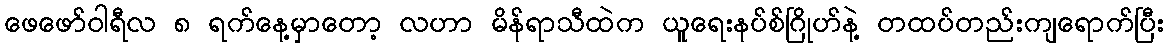
ဖေဖော်ဝါရီလ ၈ ရက်နေ့မှာတော့ လဟာ မိန်ရာသီထဲက ယူရေးနပ်စ်ဂြိုဟ်နဲ့ တထပ်တည်းကျရောက်ပြီး